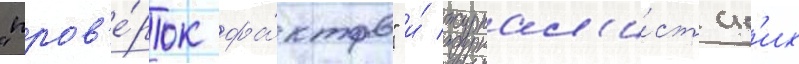
"пров'е́рок фа́ктов" и́ журнал'и́стск'их